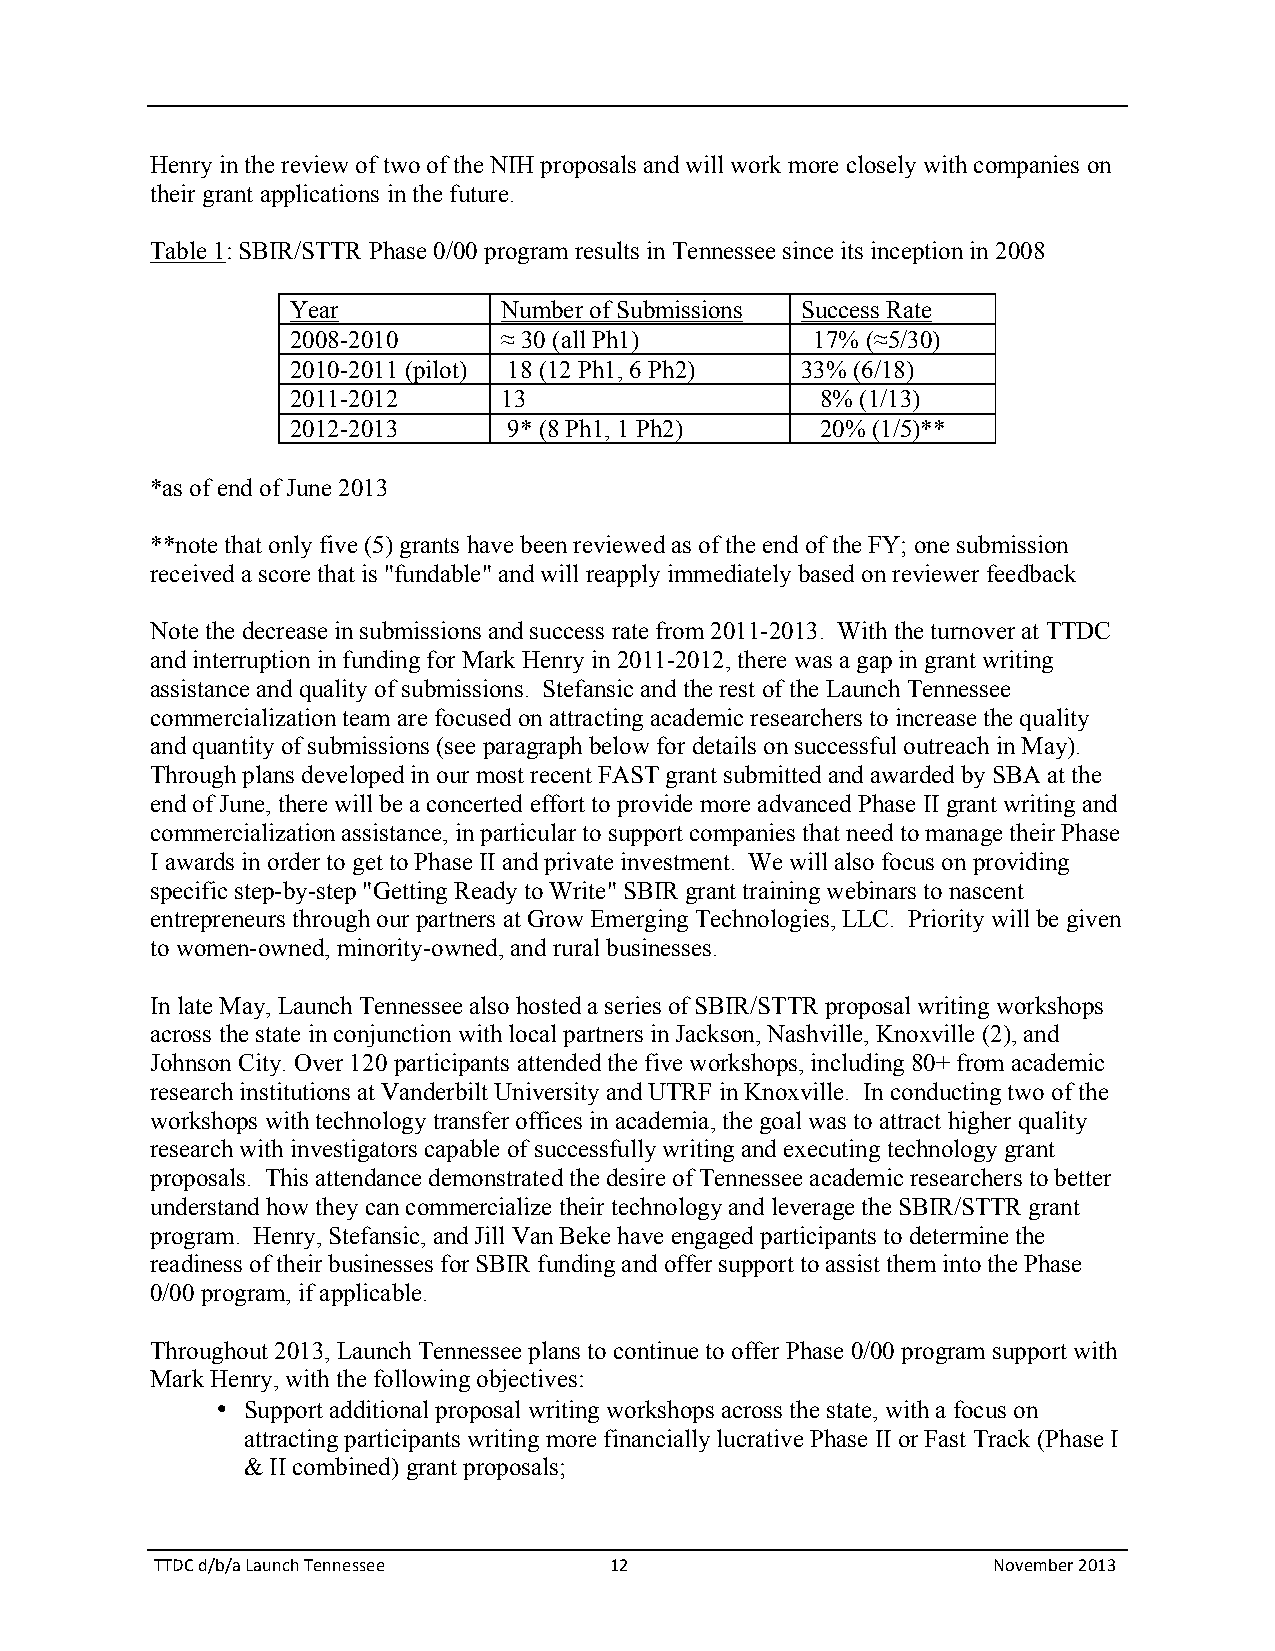
Henry in the review of two of the NIH proposals and will work more closely with companies on
 their grant applications in the future.
 Table 1: SBIR/STTR Phase 0/00 program results in Tennessee since its inception in 2008
 Year          Number of Submissions Success Rate
 2008-2010     ≈ 30 (all Ph1)       17% (≈5/30)
 2010-2011 (pilot) 18 (12 Ph1, 6 Ph2) 33% (6/18)
 2011-2012     13                   8% (1/13)
 2012-2013      9* (8 Ph1, 1 Ph2)   20% (1/5)**
 *as of end of June 2013
 **note that only five (5) grants have been reviewed as of the end of the FY; one submission
 received a score that is "fundable" and will reapply immediately based on reviewer feedback
 Note the decrease in submissions and success rate from 2011-2013. With the turnover at TTDC
 and interruption in funding for Mark Henry in 2011-2012, there was a gap in grant writing
 assistance and quality of submissions. Stefansic and the rest of the Launch Tennessee
 commercialization team are focused on attracting academic researchers to increase the quality
 and quantity of submissions (see paragraph below for details on successful outreach in May).
 Through plans developed in our most recent FAST grant submitted and awarded by SBA at the
 end of June, there will be a concerted effort to provide more advanced Phase II grant writing and
 commercialization assistance, in particular to support companies that need to manage their Phase
 I awards in order to get to Phase II and private investment. We will also focus on providing
 specific step-by-step "Getting Ready to Write" SBIR grant training webinars to nascent
 entrepreneurs through our partners at Grow Emerging Technologies, LLC. Priority will be given
 to women-owned, minority-owned, and rural businesses.
 In late May, Launch Tennessee also hosted a series of SBIR/STTR proposal writing workshops
 across the state in conjunction with local partners in Jackson, Nashville, Knoxville (2), and
 Johnson City. Over 120 participants attended the five workshops, including 80+ from academic
 research institutions at Vanderbilt University and UTRF in Knoxville. In conducting two of the
 workshops with technology transfer offices in academia, the goal was to attract higher quality
 research with investigators capable of successfully writing and executing technology grant
 proposals. This attendance demonstrated the desire of Tennessee academic researchers to better
 understand how they can commercialize their technology and leverage the SBIR/STTR grant
 program. Henry, Stefansic, and Jill Van Beke have engaged participants to determine the
 readiness of their businesses for SBIR funding and offer support to assist them into the Phase
 0/00 program, if applicable.
 Throughout 2013, Launch Tennessee plans to continue to offer Phase 0/00 program support with
 Mark Henry, with the following objectives:
 • Support additional proposal writing workshops across the state, with a focus on
 attracting participants writing more financially lucrative Phase II or Fast Track (Phase I
 & II combined) grant proposals;
 TTDC d/b/a Launch Tennessee   12                        November 2013